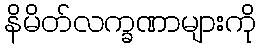
နိမိတ်လက္ခဏာများကို